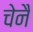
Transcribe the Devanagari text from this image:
चेनै